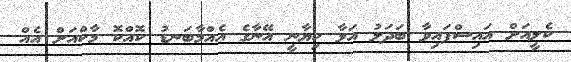
ކެލީއަށް އައިސްފައިވާ ބަދަލު އަޅާ ކިޔާނީ އޭނާގެ އެއްމާބަނޑު ކޮއްކޮ މާކްއަށް އެއް